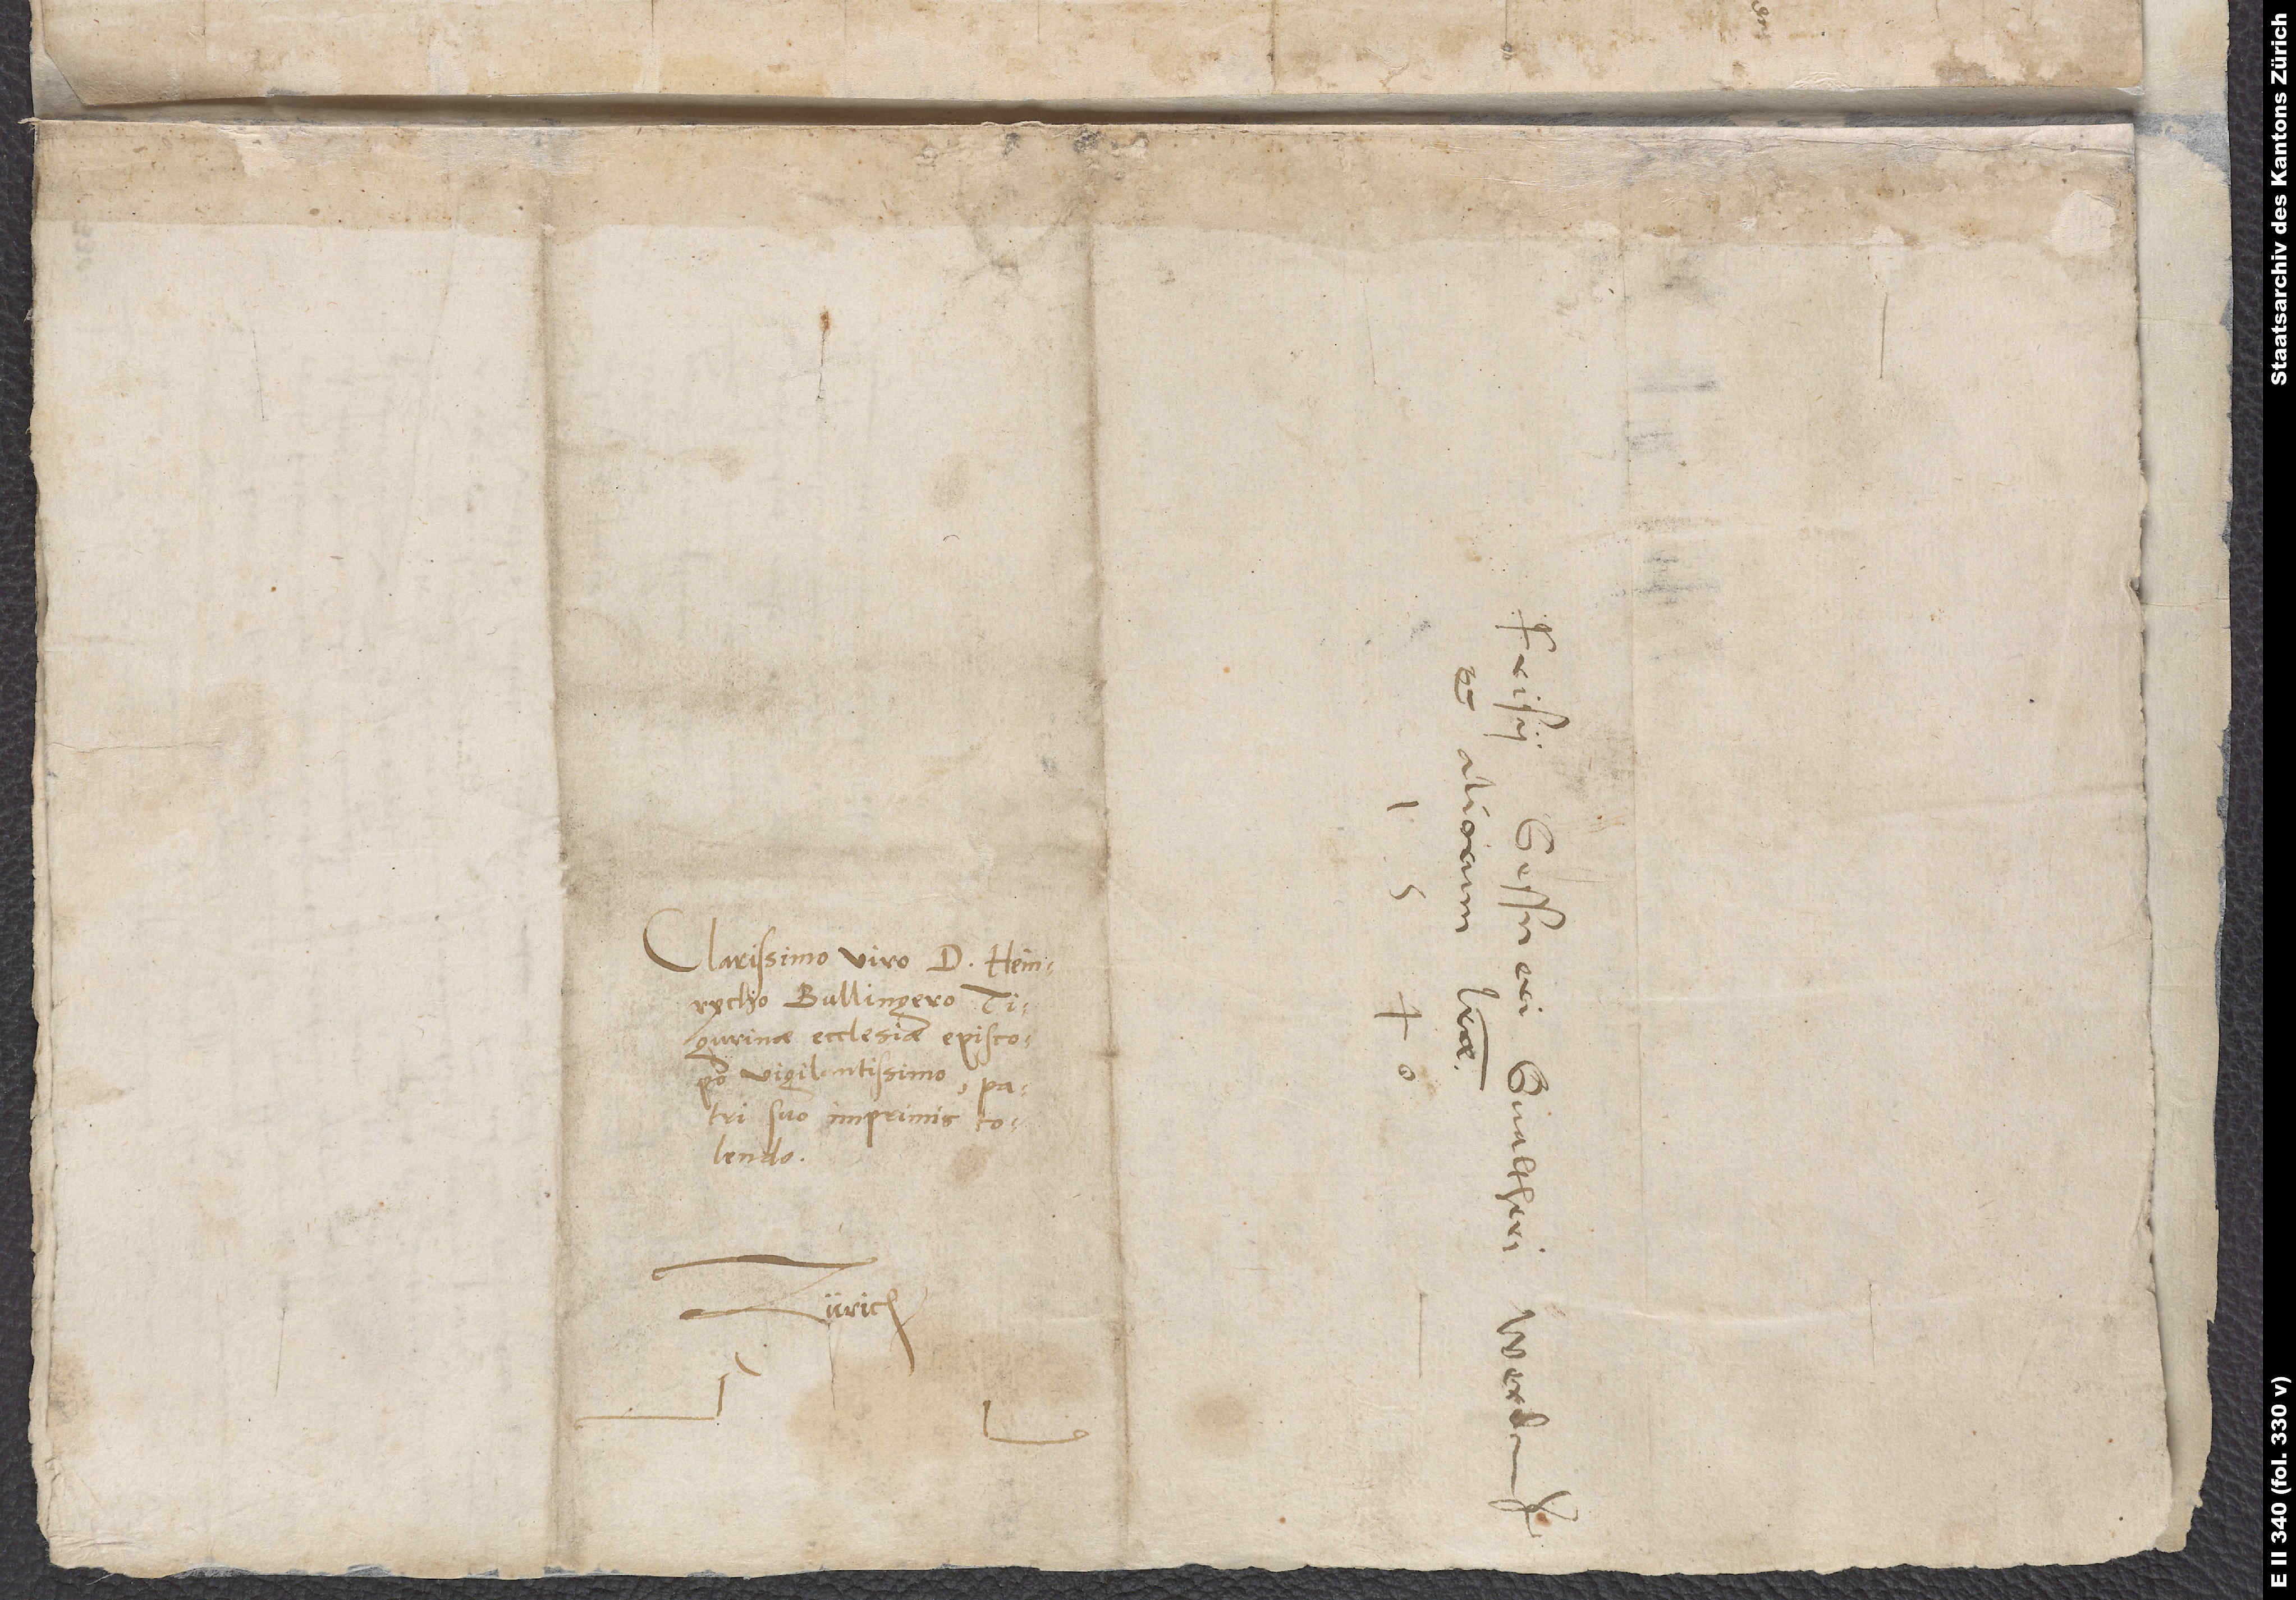
Clarissimo viro d. Heinrycho
Bullingero,
Tigurinae ecclesiae episcopo
vigilantissimo, patri
suo imprimis
colendo.
Zürich.